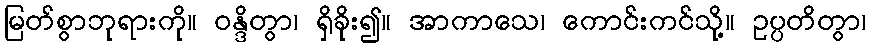
မြတ်စွာဘုရားကို။ ဝန္ဒိတွာ၊ ရှိခိုး၍။ အာကာသေ၊ ကောင်းကင်သို့။ ဥပ္ပတိတွာ၊